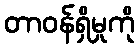
တာဝန်ရှိမှုကို